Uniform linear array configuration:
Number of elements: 48
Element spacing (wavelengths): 0.25
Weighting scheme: kaiser
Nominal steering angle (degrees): -30
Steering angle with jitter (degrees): -29.897
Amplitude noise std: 0.05
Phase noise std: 0.05

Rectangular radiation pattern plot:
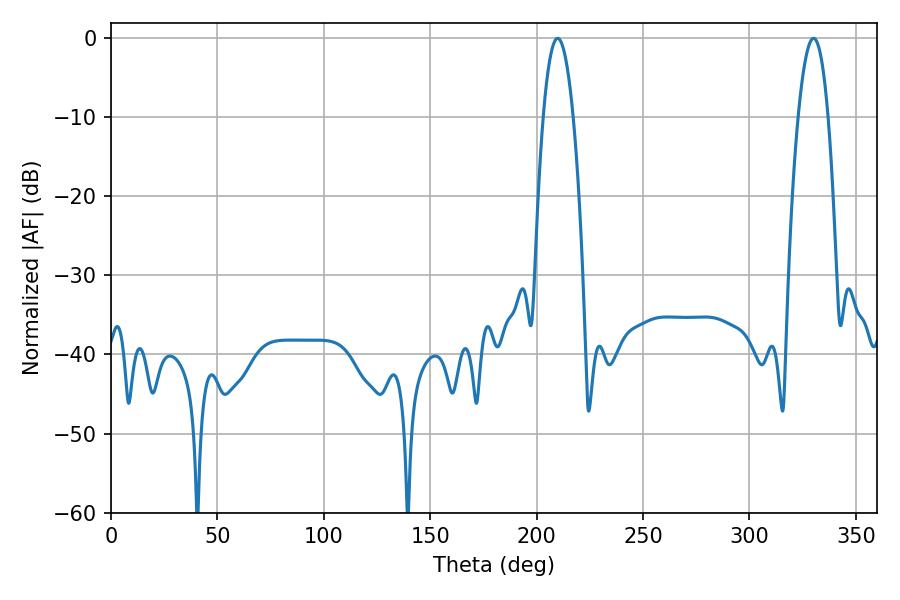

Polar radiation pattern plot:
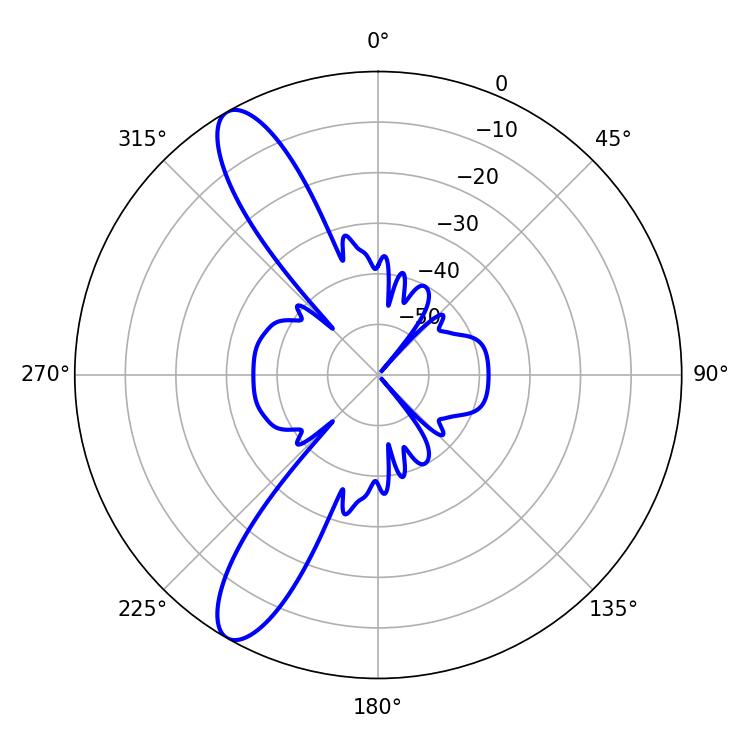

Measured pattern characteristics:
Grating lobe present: FALSE
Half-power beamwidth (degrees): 7.74
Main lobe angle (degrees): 209.88